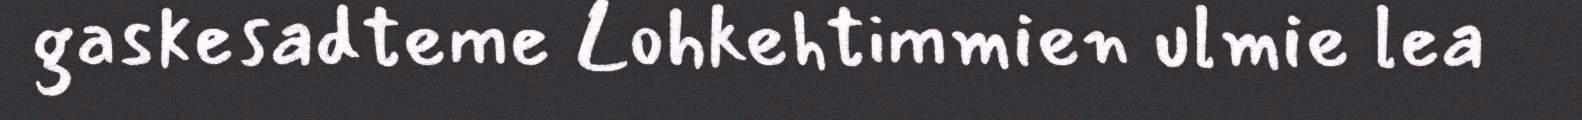
gaskesadteme Lohkehtimmien ulmie lea